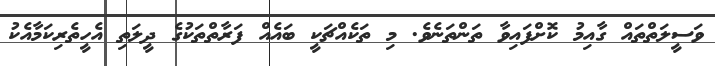
ވަސީލަތްތައް ގާއިމު ކޮށްފައިވާ ތަންތަނެވެ. މި ތަކެއްޗަކީ ބައެއް ފަރާތްތަކުގެ ދީލަތި އެހީތެރިކަމާއެކު